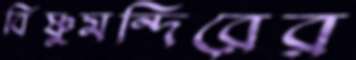
বিষ্ণুমন্দিরের